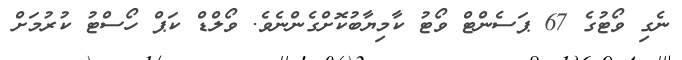
ނެގި ވޯޓުގެ 67 ޕަސެންޓް ވޯޓު ކާމިޔާބުކޮށްގެންނެވެ. ވޯލްޑް ކަޕް ހޯސްޓު ކުރުމަށް